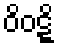
ဝိဝဋ္ဋိ